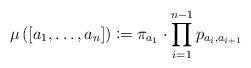
LaTeX: \begin{align*}\mu\left(\left[a_{1},\dots,a_{n}\right]\right)\coloneqq\pi_{a_{1}}\cdot\prod_{i=1}^{n-1}p_{a_{i},a_{i+1}}\end{align*}